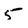
Character: 5